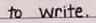
to write.